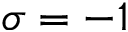
\sigma = - 1